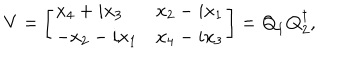
V = \left[ \begin{array} { l l } { { x _ { 4 } + i x _ { 3 } } } & { { x _ { 2 } - i x _ { 1 } } } \\ { { - x _ { 2 } - i x _ { 1 } } } & { { x _ { 4 } - i x _ { 3 } } } \\ \end{array} \right] = { \bf Q } _ { 1 } { \bf Q } _ { 2 } ^ { \dagger } ,